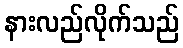
နားလည်လိုက်သည်